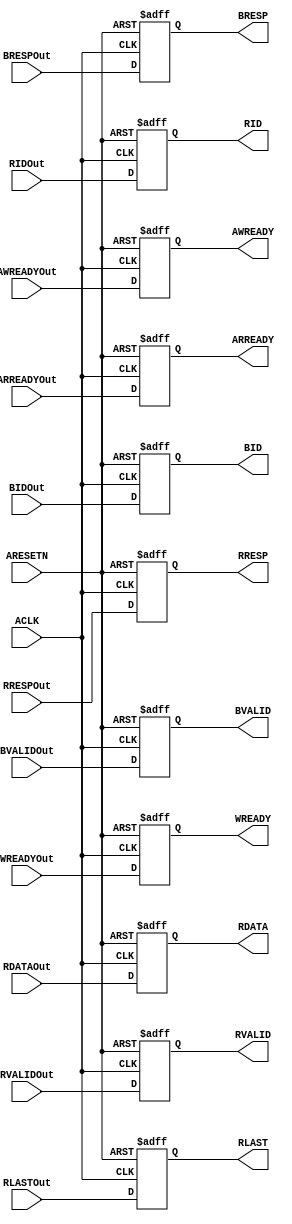
// ****************************************************************************/
// Microsemi Corporation Proprietary and Confidential
// Copyright 2015 Microsemi Corporation.  All rights reserved.
//
// ANY USE OR REDISTRIBUTION IN PART OR IN WHOLE MUST BE HANDLED IN
// ACCORDANCE WITH THE MICROSEMI LICENSE AGREEMENT AND MUST BE APPROVED
// IN ADVANCE IN WRITING.
//
// Description: 
//
// SVN Revision Information:
// SVN $Revision: 25747 $
// SVN $Date: 2015-12-14 03:02:25 +0000 (Mon, 14 Dec 2015) $
//
// Resolved SARs
// SAR      Date     Who   Description
//
// Notes:
//
// ****************************************************************************/
module COREAXITOAHBL_AXIOutReg(
                // Global inputs,
                ACLK,
                ARESETN,
                
                // AXISlaveCtrl inputs
                BRESPOut,
                BIDOut,
                AWREADYOut,
                WREADYOut,
                BVALIDOut,
                ARREADYOut,
                RVALIDOut,
                RLASTOut,
                RDATAOut,
                RIDOut,
                RRESPOut,
                
                // AXIMaster outputs
                BRESP,
                BID,
                AWREADY,
                WREADY,
                BVALID,
                ARREADY,
                RVALID,
                RLAST,
                RDATA,
                RID,
                RRESP
                );
////////////////////////////////////////////////////////////////////////////////
// User modifiable parameters
////////////////////////////////////////////////////////////////////////////////
parameter ID_WIDTH = 4;         // Sets the width of the ID field supported.

////////////////////////////////////////////////////////////////////////////////
//
////////////////////////////////////////////////////////////////////////////////
                        // Global inputs,
input                   ACLK;
input                   ARESETN;

                        // AXISlaveCtrl inputs
input  [1:0]            BRESPOut;
input  [ID_WIDTH-1:0]   BIDOut;
input                   AWREADYOut;
input                   WREADYOut;
input                   BVALIDOut;
input                   ARREADYOut;
input                   RVALIDOut;
input                   RLASTOut;
input  [63:0]           RDATAOut;
input  [ID_WIDTH-1:0]   RIDOut;
input  [1:0]            RRESPOut;

                        // AXIMaster outputs
output  [1:0]           BRESP;
output  [ID_WIDTH-1:0]  BID;
output                  AWREADY;
output                  WREADY;
output                  BVALID;
output                  ARREADY;
output                  RVALID;
output                  RLAST;
output  [63:0]          RDATA;
output  [ID_WIDTH-1:0]  RID;
output  [1:0]           RRESP;

reg     [1:0]           BRESP;
reg     [ID_WIDTH-1:0]  BID;
reg                     AWREADY;
reg                     WREADY;
reg                     BVALID;
reg                     ARREADY;
reg                     RVALID;
reg                     RLAST;
reg     [63:0]          RDATA;
reg     [ID_WIDTH-1:0]  RID;
reg     [1:0]           RRESP;

////////////////////////////////////////////////////////////////////////////////
// Output register
////////////////////////////////////////////////////////////////////////////////
always @ (posedge ACLK or negedge ARESETN)
begin
    if (!ARESETN)
    begin
        BRESP[1:0] <= 2'b0;
        BID[ID_WIDTH-1:0] <= {ID_WIDTH{1'b0}};
        AWREADY <= 1'b0;
        WREADY <= 1'b0;
        BVALID <= 1'b0;
        ARREADY <= 1'b0;
        RVALID <= 1'b0;
        RLAST <= 1'b0;
        RDATA[63:0] <= 64'b0;
        RID[ID_WIDTH-1:0] <= {ID_WIDTH{1'b0}};
        RRESP[1:0] <= 2'b0;
    end
    else
    begin
        BRESP <= BRESPOut;
        BID <= BIDOut;
        AWREADY <= AWREADYOut;
        WREADY <= WREADYOut;
        BVALID <= BVALIDOut;
        ARREADY <= ARREADYOut;
        RVALID <= RVALIDOut;
        RLAST <= RLASTOut;
        RDATA <= RDATAOut;
        RID <= RIDOut;
        RRESP <= RRESPOut;
    end
end

endmodule // COREAXITOAHBL_AXIOutReg